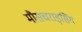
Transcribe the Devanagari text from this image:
मौसचराइसिंग